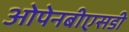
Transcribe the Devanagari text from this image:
ओपेनबीएसडी